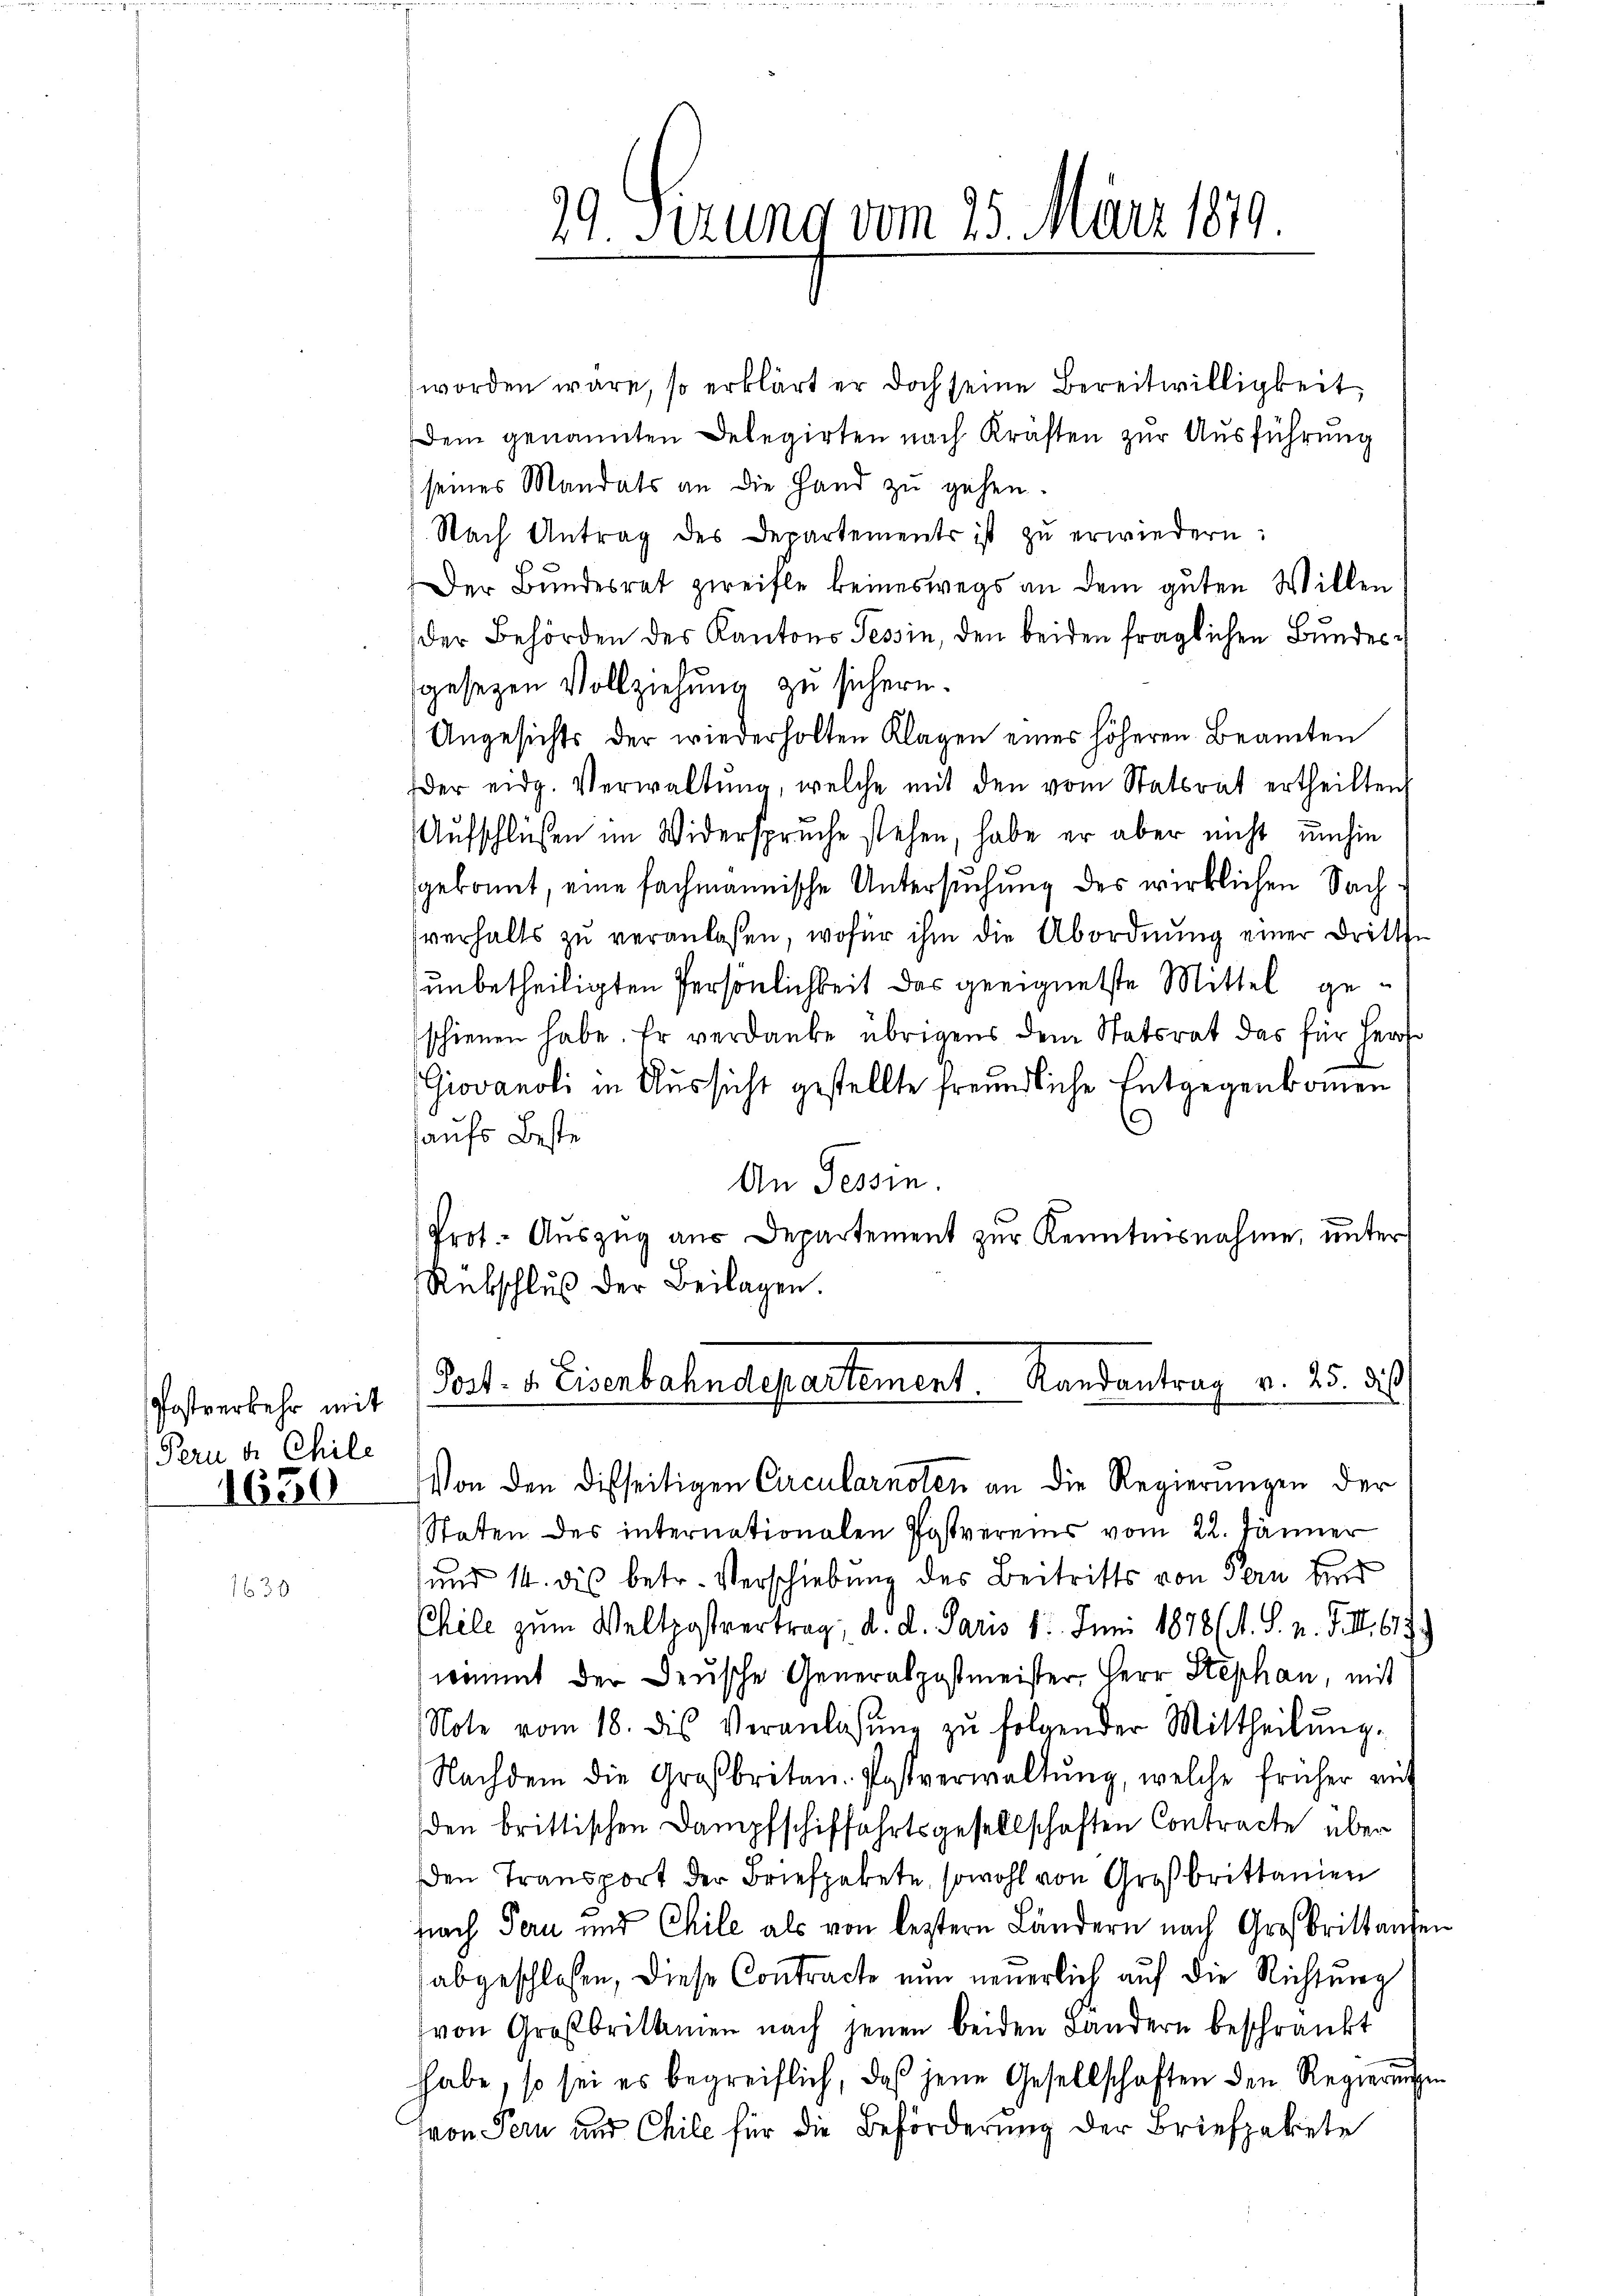
Postverkehr mit
Pern d. Chile
1650

worden wäre, so erklärt er doch seine Bereitwilligkeit,
Dem genannten Delegirten nach Kräften zur Ausführung
seines Mandats an die Hand zu gehen.
Nach Antrag des Departements ist zŭ erwiedern:
Der Bundesrat zweifle keineswegs an dem guten Willen
der Behörden des Kantons Tessin, den beiden fraglichen Bundesgesezen Vollziehung zu sichern.
Angesichts der wiederholten Klagen eines höheren Beamten
der eidg. Verwaltŭng, welche mit den vom Statsrat ertheilten,
Aufschlüßen im Widerspruche stehen, habe er aber nicht umhin
gekommt, eine fachmannische Untersuchung des wirklichen Sachverhalts zŭ veranlassen, wofür ihm die Abordnŭng einer dritte
unbetheiligten Persönlichkeit das geeignetste Mittel geschienen habe. Er verdanke übrigens dem Statsrat das für Herrs
.
Giovanoli in Aussicht gestellte freundliche Entgegenkommen
haufs Beste
An Tessin.
Prot. Auszug aus Departement zur Kenntnisnahme, unter
Rübschluß der Beilagen.
B.
Post- u. Eisenbahndepartement. Randantrag v. 25. des
Von den disseitigen Circularnoten an die Regierungen der
Staten des internationalen Postvereins vom 22. Jänner
und 14. dis betr. Verschiebung des Beitritts von Fern und
Chile zum Weltpostvertrag, d. d. Paris 1. Juni 1878 (s. S. n. F. II. 61
nimmt der Deusche Generalpostmeister, Herr Stephan, mit
Note vom 18. des Veranlassŭng zŭ folgender Mittheilŭng.
Nachdem die Großbritan. Postverwaltŭng, welche früher unt
den brittischen Dampfschiffahrtsgesellschaften Contracte über
en Transport der Briefpakete, sowohl von Großbritanien
nach Fern und Chile als von leztern Ländern nach Großbrittande
abgeschlossen, diese Contracte nun neuerlich auf die Richtung
von Großbritamen nach jenen beiden Landern beschränkt
hhabe, so sei es begreiflich, daß jene Gesellschaften den Regierungs
von Pern und Chile für die Beförderung der Briefpakete

99. Seizung vom 25. März 1879